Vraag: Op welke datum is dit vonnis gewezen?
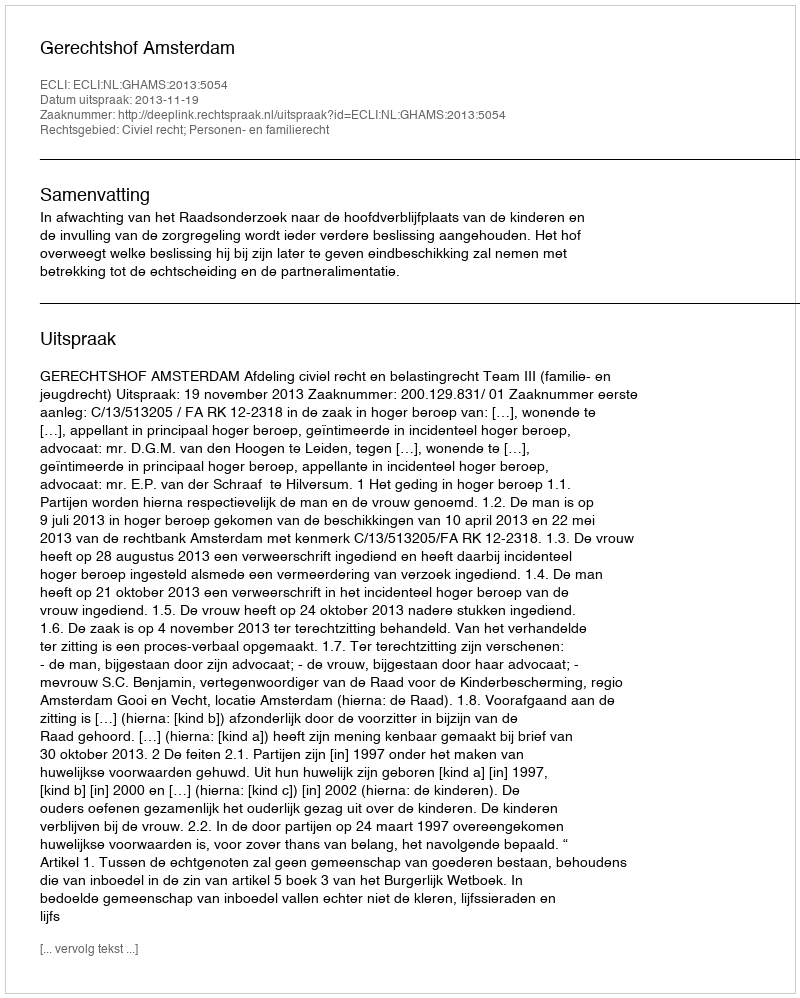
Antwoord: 2013-11-19